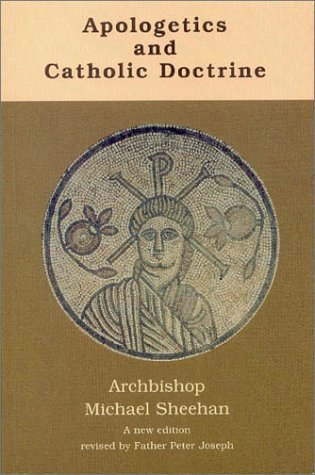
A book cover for Apologetics and Catholic Doctrine; Michael Sheehan; Christian Books & Bibles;